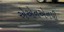
એએનએનપી